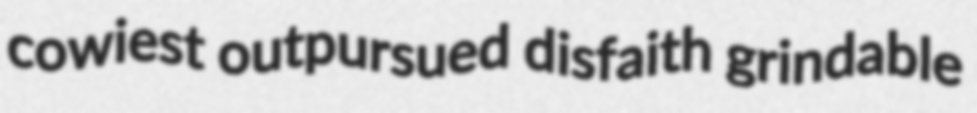
cowiest outpursued disfaith grindable